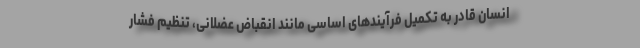
انسان قادر به تکمیل فرآیندهای اساسی مانند انقباض عضلانی، تنظیم فشار